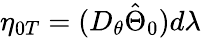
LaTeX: \eta_{0T}=(D_{\theta}\hat{\Theta}_{0})d\lambda